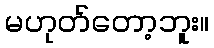
မဟုတ်တော့ဘူး။